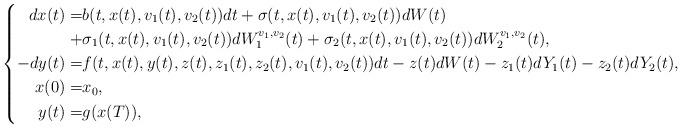
LaTeX: \begin{align*}\left\{\begin{aligned}dx(t)=&b(t,x(t),v_{1}(t),v_{2}(t))dt+\sigma(t,x(t),v_{1}(t),v_{2}(t))dW(t)\\+&\sigma_{1}(t,x(t),v_{1}(t),v_{2}(t))dW_{1}^{v_1,v_2}(t)+\sigma_2(t,x(t),v_{1}(t),v_{2}(t))dW_2^{v_1,v_2}(t),\\-dy(t)=&f(t,x(t),y(t),z(t),z_1(t),z_2(t),v_{1}(t),v_{2}(t))dt-z(t)dW(t)-z_1(t)dY_1(t)-z_2(t)dY_2(t),\\x(0)=&x_0,\\y(t)=&g(x(T)),\end{aligned}\right.\end{align*}